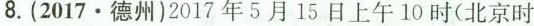
8.(2017·德州)2017年5月15日上午10时(北京时